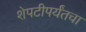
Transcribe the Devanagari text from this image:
शेपटीपर्यंतचा